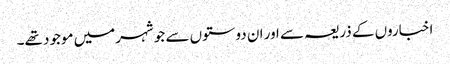
اخباروں کے ذریعہ سے اور ان دوستوں سے جو شہرمیں موجود تھے۔